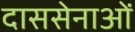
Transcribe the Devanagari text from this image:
दाससेनाओं